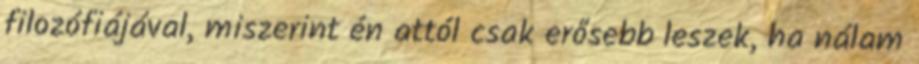
filozófiájával, miszerint én attól csak erősebb leszek, ha nálam